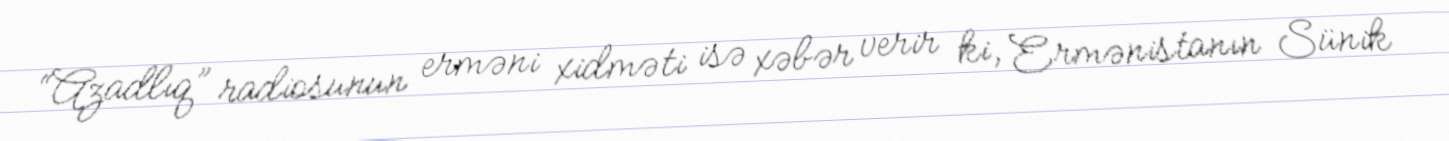
“Azadlıq” radiosunun erməni xidməti isə xəbər verir ki, Ermənistanın Sünik